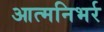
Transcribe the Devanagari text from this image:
आत्मनिभर्र